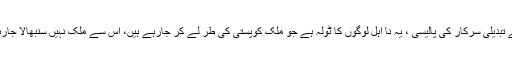
انہوں نے کہاکہ ادویات مہنگی کر دی گئیں ، یہ ہے تبدیلی سرکار کی پالیسی ، یہ نا اہل لوگوں کا ٹولہ ہے جو ملک کوپستی کی طر لے کر جارہے ہیں، اس سے ملک نہیں سنبھالا جارہا ، یہ نہ صر ف جھوٹے ہیںبلکہ یہ منافق بھی ہیں۔